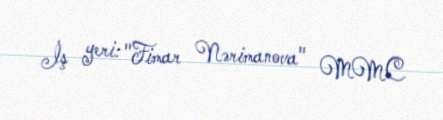
İş yeri: "Fimar Nərimanova" MMC